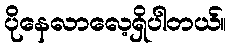
ပိုနေလာလေ့ရှိပါတယ်။